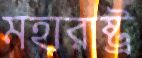
মহারাষ্ট্র